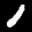
Label: 1